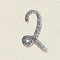
2